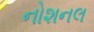
નોશનલ